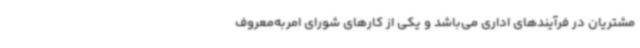
مشتریان در فرآیندهای اداری می‌باشد و یکی از کارهای شورای امربه‌معروف